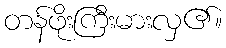
တန်ဖိုးကြီးမားလှ၏။